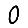
Digit: 0